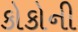
કોકોની